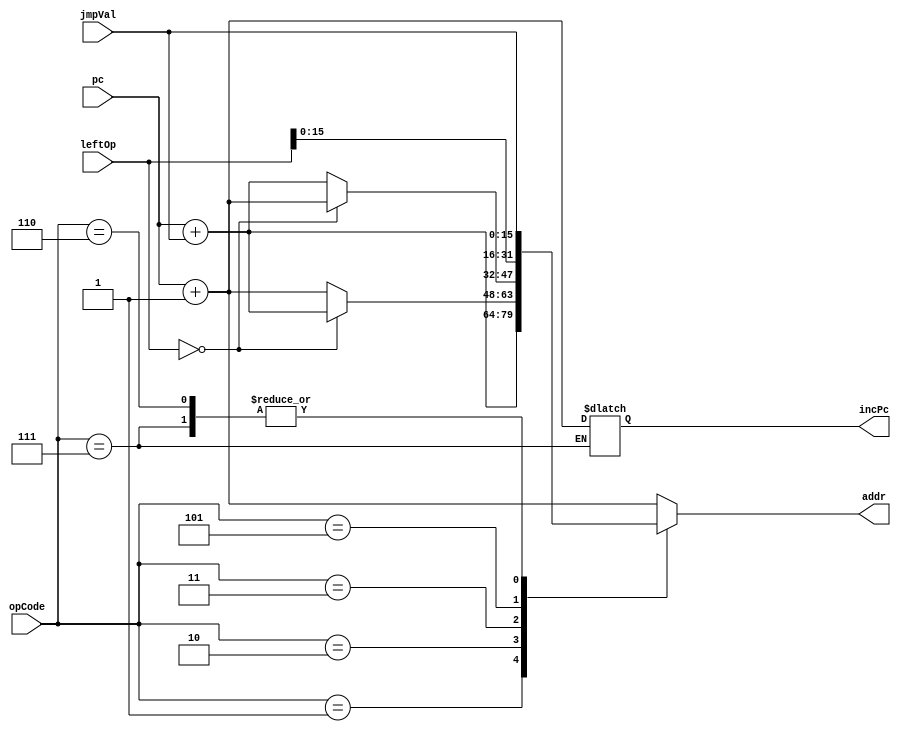
`define nop  	6'b000000 	// no operation: pc = pc+1;
`define rjmp 	6'b000001 	// relative jump: pc = pc + value;
`define zjmp  	6'b000010 	// cond jump: pc = (rf[left] = 0) ? pc + value : pc+1
`define nzjmp   6'b000011 	// !cond jump: pc = !(rf[left] = 0) ? pc + value : pc+1
`define ret  	6'b000101 	// return from subroutine: pc = rf[left][15:0];
`define ajmp 	6'b000110	// absolute jump: pc = value;
`define call  	6'b000111	//subroutine call: pc = value; rf[dest] = pc+1;
module nextpc ( output reg[15:0] addr,
		output reg[15:0] incPc,
		input [15:0] jmpVal,
		input [5:0] opCode,
		input [31:0] leftOp,
		input [15:0] pc);
always @ (*) 
begin
       case(opCode)
     `nop: 		addr <= pc + 1;
	 `rjmp: 	addr <= pc + jmpVal;
	 `zjmp:         begin
                            if(leftOp == 32'b0)
                                addr <= pc + jmpVal;
                            else
                                addr <= pc + 1;
                        end
	 `nzjmp:        begin
                            if(!(leftOp == 32'b0))
                                addr <= pc + jmpVal;
                            else
                                addr <= pc + 1;
                        end
	 `ret:            addr <= leftOp[15:0];
	 `ajmp: 	  addr <= jmpVal;
	 `call:         begin
                          addr <= jmpVal;
                          incPc <= pc + 1;
                        end    
      default: addr <= pc + 1;
       endcase
end
endmodule